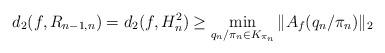
LaTeX: \begin{align*} d_2(f, R_{n-1,n})=d_2(f,H^2_n)\geq \min_{q_n/\pi_n \in K_{\pi_n}} \|A_f(q_n/\pi_n)\|_2\end{align*}